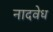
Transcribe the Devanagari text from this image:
नादवेध